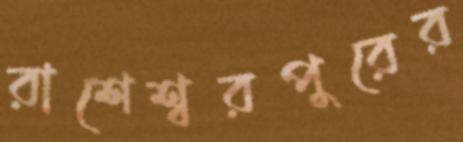
রাশেশ্বরপুরের